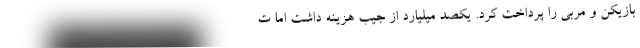
بازیکن و مربی را پرداخت کرد. یکصد میلیارد از جیب هزینه داشت اما ت